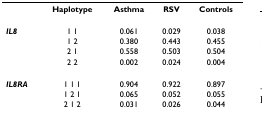
|  | Haplotype | Asthma | RSV | Controls |
 | --- | --- | --- | --- | --- |
 | IL8 | 1 1 | 0.061 | 0.029 | 0.038 |
 |  | 1 2 | 0.380 | 0.443 | 0.455 |
 |  | 2 1 | 0.558 | 0.503 | 0.504 |
 |  | 2 2 | 0.002 | 0.024 | 0.004 |
 | IL8RA | 1 1 1 | 0.904 | 0.922 | 0.897 |
 |  | 1 2 1 | 0.065 | 0.052 | 0.055 |
 |  | 2 1 2 | 0.031 | 0.026 | 0.044 |